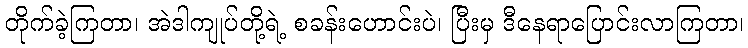
တိုက်ခဲ့ကြတာ၊ အဲဒါကျုပ်တို့ရဲ့ စခန်းဟောင်းပဲ၊ ပြီးမှ ဒီနေရာပြောင်းလာကြတာ၊